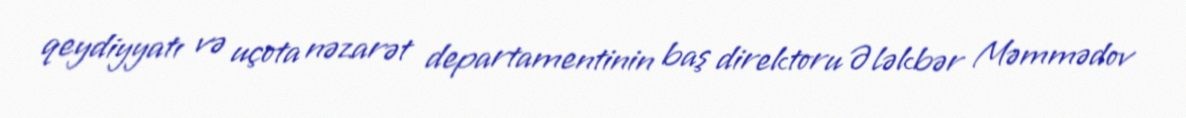
qeydiyyatı və uçota nəzarət departamentinin baş direktoru Ələkbər Məmmədov